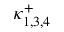
\kappa _ { 1 , 3 , 4 } ^ { + }